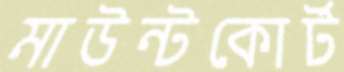
মাউন্টকোর্ট